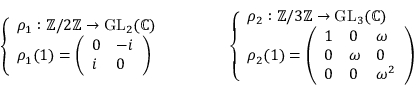
{ \left\{ \begin{array} { l l } { \rho _ { 1 } : \mathbb { Z } / 2 \mathbb { Z } \to { \mathrm { G L } } _ { 2 } ( \mathbb { C } ) } \\ { \rho _ { 1 } ( 1 ) = { \left( \begin{array} { l l } { 0 } & { - i } \\ { i } & { 0 } \end{array} \right) } } \end{array} \right. } \qquad \qquad { \left\{ \begin{array} { l l } { \rho _ { 2 } : \mathbb { Z } / 3 \mathbb { Z } \to { \mathrm { G L } } _ { 3 } ( \mathbb { C } ) } \\ { \rho _ { 2 } ( 1 ) = { \left( \begin{array} { l l l } { 1 } & { 0 } & { \omega } \\ { 0 } & { \omega } & { 0 } \\ { 0 } & { 0 } & { \omega ^ { 2 } } \end{array} \right) } } \end{array} \right. }